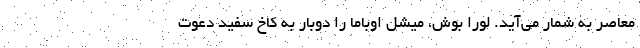
معاصر به شمار می‌آید. لورا بوش، میشل اوباما را دوبار به کاخ سفید دعوت